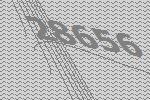
28656